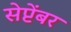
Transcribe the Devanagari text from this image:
सेप्टेंबर